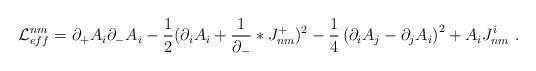
LaTeX: \begin{align*}{\cal L}_{eff}^{nm} = \partial_{+} A_i \partial_{-}A_i - \frac 12 (\partial_i A_i + \frac{1}{\partial_{-}} \ast J_{nm}^{+})^2 - \frac 1 4\left( \partial_i {A}_j - \partial_j {A}_i\right)^2 + A_i J^i_{nm}\ .\end{align*}